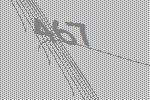
467